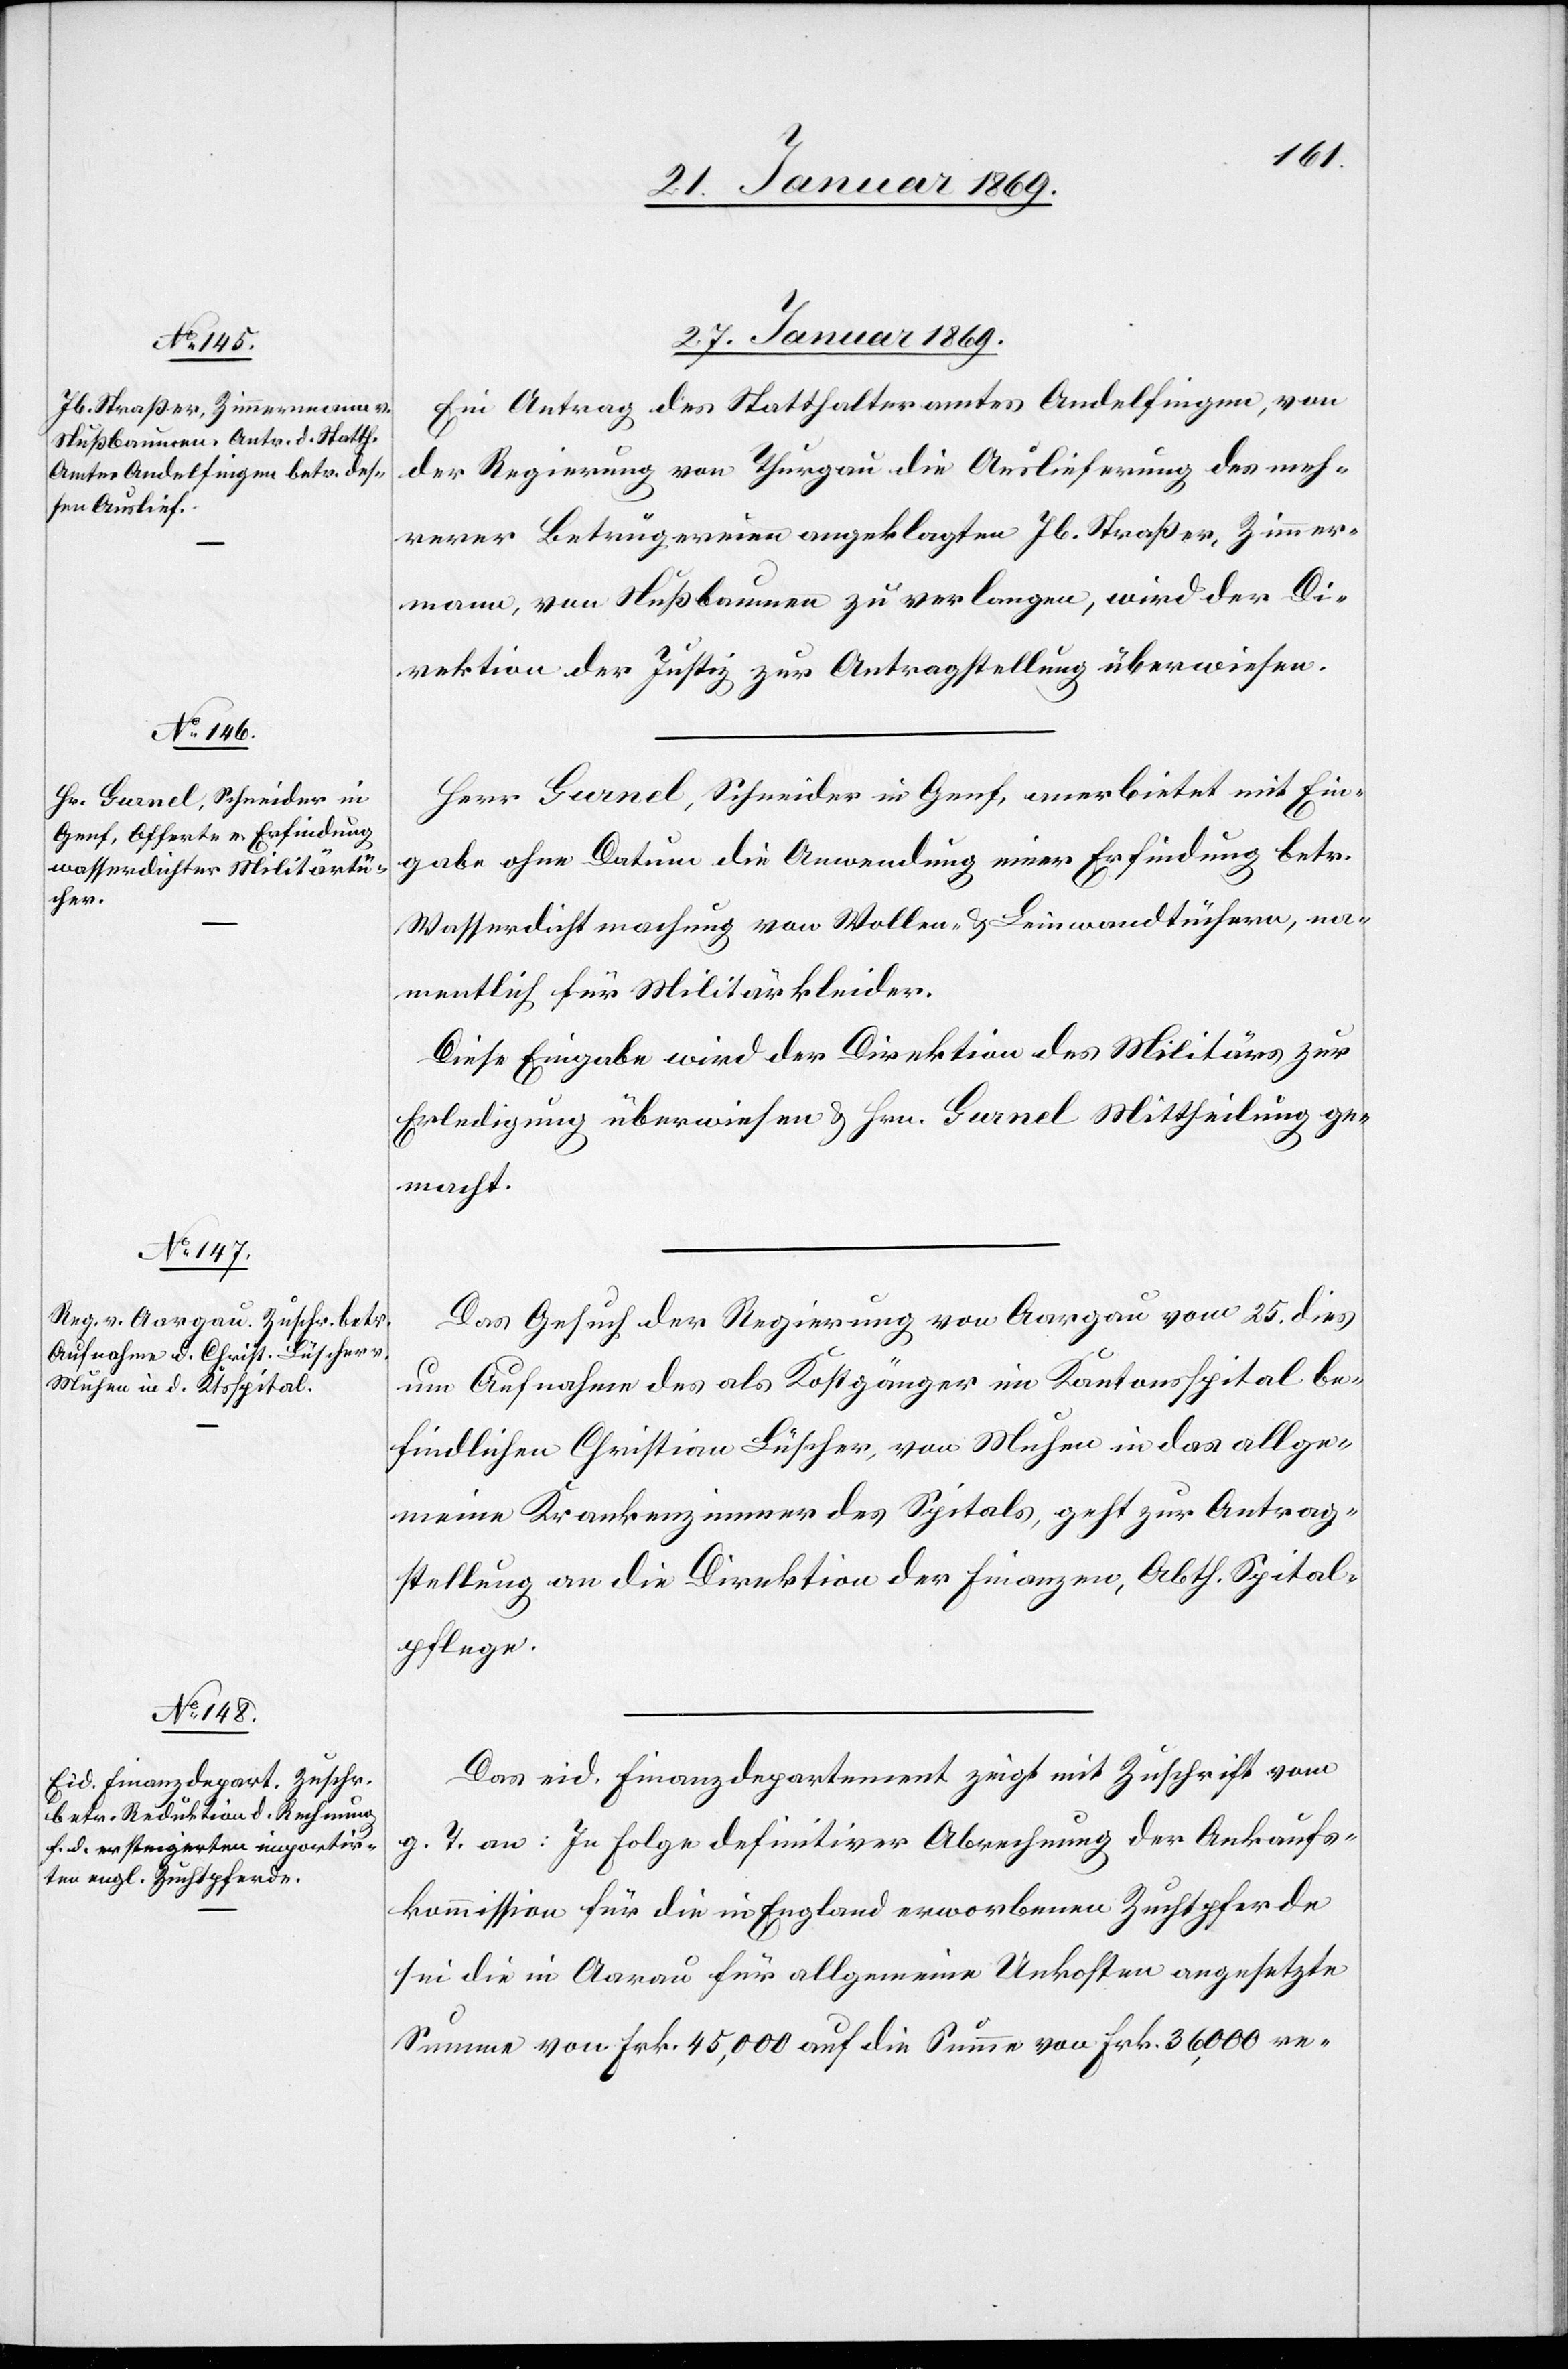
27. Januar 1869.]
Ein Antrag des Statthalteramtes Andelfingen, von
der Regierung von Thurgau die Auslieferung des meh¬
rerer Betrügereien angeklagten Jb. Straßer, Zimmer¬
mann, von Nußbaumen zu verlangen, wird der Di¬
rektion der Justiz zur Antragstellung überwiesen.
Herr Gurnel, Schneider in Genf, anerbietet mit Ein¬
gabe ohne Datum die Anwendung einer Erfindung betr.
Wasserdichtmachung von Wollen- & Leinwandtüchern, we¬
sentlich für Militärkleider.
Diese Eingabe wird der Direktion des Militärs zur
Erledigung überwiesen & Hrn. Gurnel Mittheilung ge¬
macht.
Das Gesuch der Regierung von Aargau vom 25. dies
um Aufnahme des als Kostgänger im Kantonsspital be¬
findlichen Christian Lüscher, von Muhen in das allge¬
meine Krankenzimmer des Spitals, geht zur Antrag¬
stellung an die Direktion der Finanzen, Abth. Spital¬
pflege.
Das eid. Finanzdepartement zeigt mit Zuschrift vom
g. T. an: In Folge definitiver Abrechnung der Ankaufs¬
kommission für die in England erworbenen Zuchtpferde
sei die in Aarau für allgemeine Unkosten angesetzte
Summe von Frk. 45,000 auf die Summe von Frk. 36,000 re-